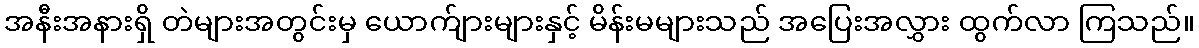
အနီးအနားရှိ တဲများအတွင်းမှ ယောက်ျားများနှင့် မိန်းမများသည် အပြေးအလွှား ထွက်လာ ကြသည်။